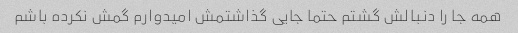
همه جا را دنبالش گشتم حتما جایی گذاشتمش امیدوارم گمش نکرده باشم